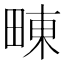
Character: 𤲚